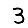
Digit: 3